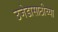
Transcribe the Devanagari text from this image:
उजेडासाठीच्या